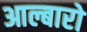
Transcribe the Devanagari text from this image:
आल्बारो